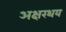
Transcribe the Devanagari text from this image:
अक्षरथय